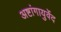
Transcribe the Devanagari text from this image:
अष्टांगायुर्वेद